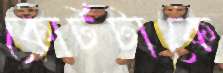
কোর্টটাকে